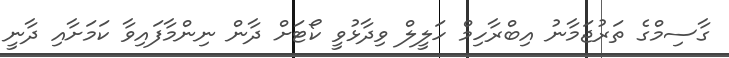
ގާސިމްގެ ތަރުޖަމާނު އިބްރާހިމް ހަލީލް ވިދާޅުވީ ކޯޓަށް ދާން ނިންމާފައިވާ ކަމަށާއި ދާނީ